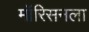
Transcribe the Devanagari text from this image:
मॉरिसनला